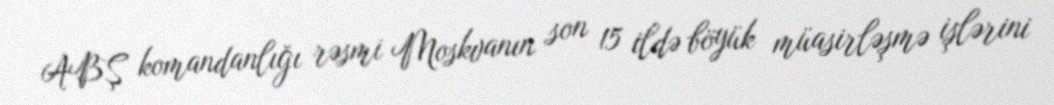
ABŞ komandanlığı rəsmi Moskvanın son 15 ildə böyük müasirləşmə işlərini